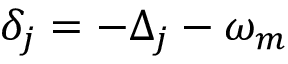
\delta _ { j } = - \Delta _ { j } - \omega _ { m }